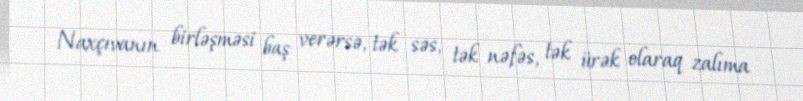
Naxçıvanın birləşməsi baş verərsə, tək səs, tək nəfəs, tək ürək olaraq zalıma